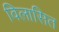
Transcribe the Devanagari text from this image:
विलासित